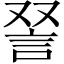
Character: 𫌵